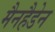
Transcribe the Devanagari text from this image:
मैनहैडेन